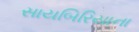
સાયબિરિયાના